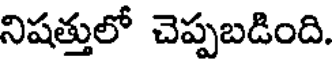
నిషత్తులో చెప్పబడింది.